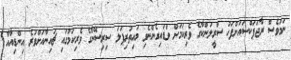
ނަމަވެސް ރާޖަޕަކްސައަށްފަހު ސްރީލަންކާގެ ވެރިކަމަށް ވަޑައިގެންނެވި މައިތުރިޕަލަ ސިރިސޭނާގެ ވެރިކަމުގައި ޗައިނާއަށްވުރެ އިންޑިއާއާ